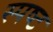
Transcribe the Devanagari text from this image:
स्‍पष्ट